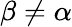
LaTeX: \beta\neq\alpha